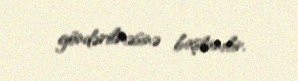
göndərilməsinə başlanılır.